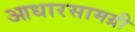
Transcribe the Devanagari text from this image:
आधारसामग्री